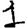
Digit: 1